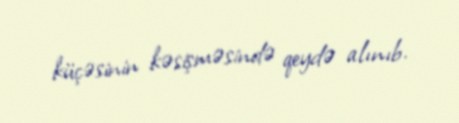
küçəsinin kəsişməsində qeydə alınıb.